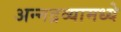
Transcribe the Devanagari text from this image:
अन्नद्रव्यामध्ये